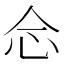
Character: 𢗁